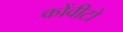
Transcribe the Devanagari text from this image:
कोंवीटो